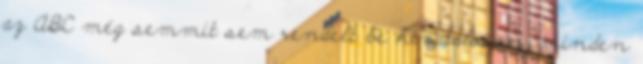
az ABC még semmit sem rendelt be hivatalosan, minden